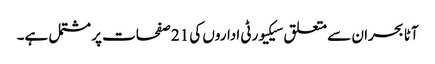
آٹا بحران سے متعلق سیکیورٹی اداروں کی 21 صفحات پر مشتمل ہے۔